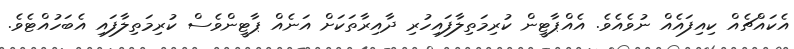
އެކައްޗެއް ކިއިފައެއް ނުވެއެވެ. އެއްޕާޓީން ކުރިމަތިލާފައިހުރި ދާއިރާތަކަށް އަނެއް ޕާޓީންވެސް ކުރިމަތިލާފައި އެބަހުއްޓެވެ.